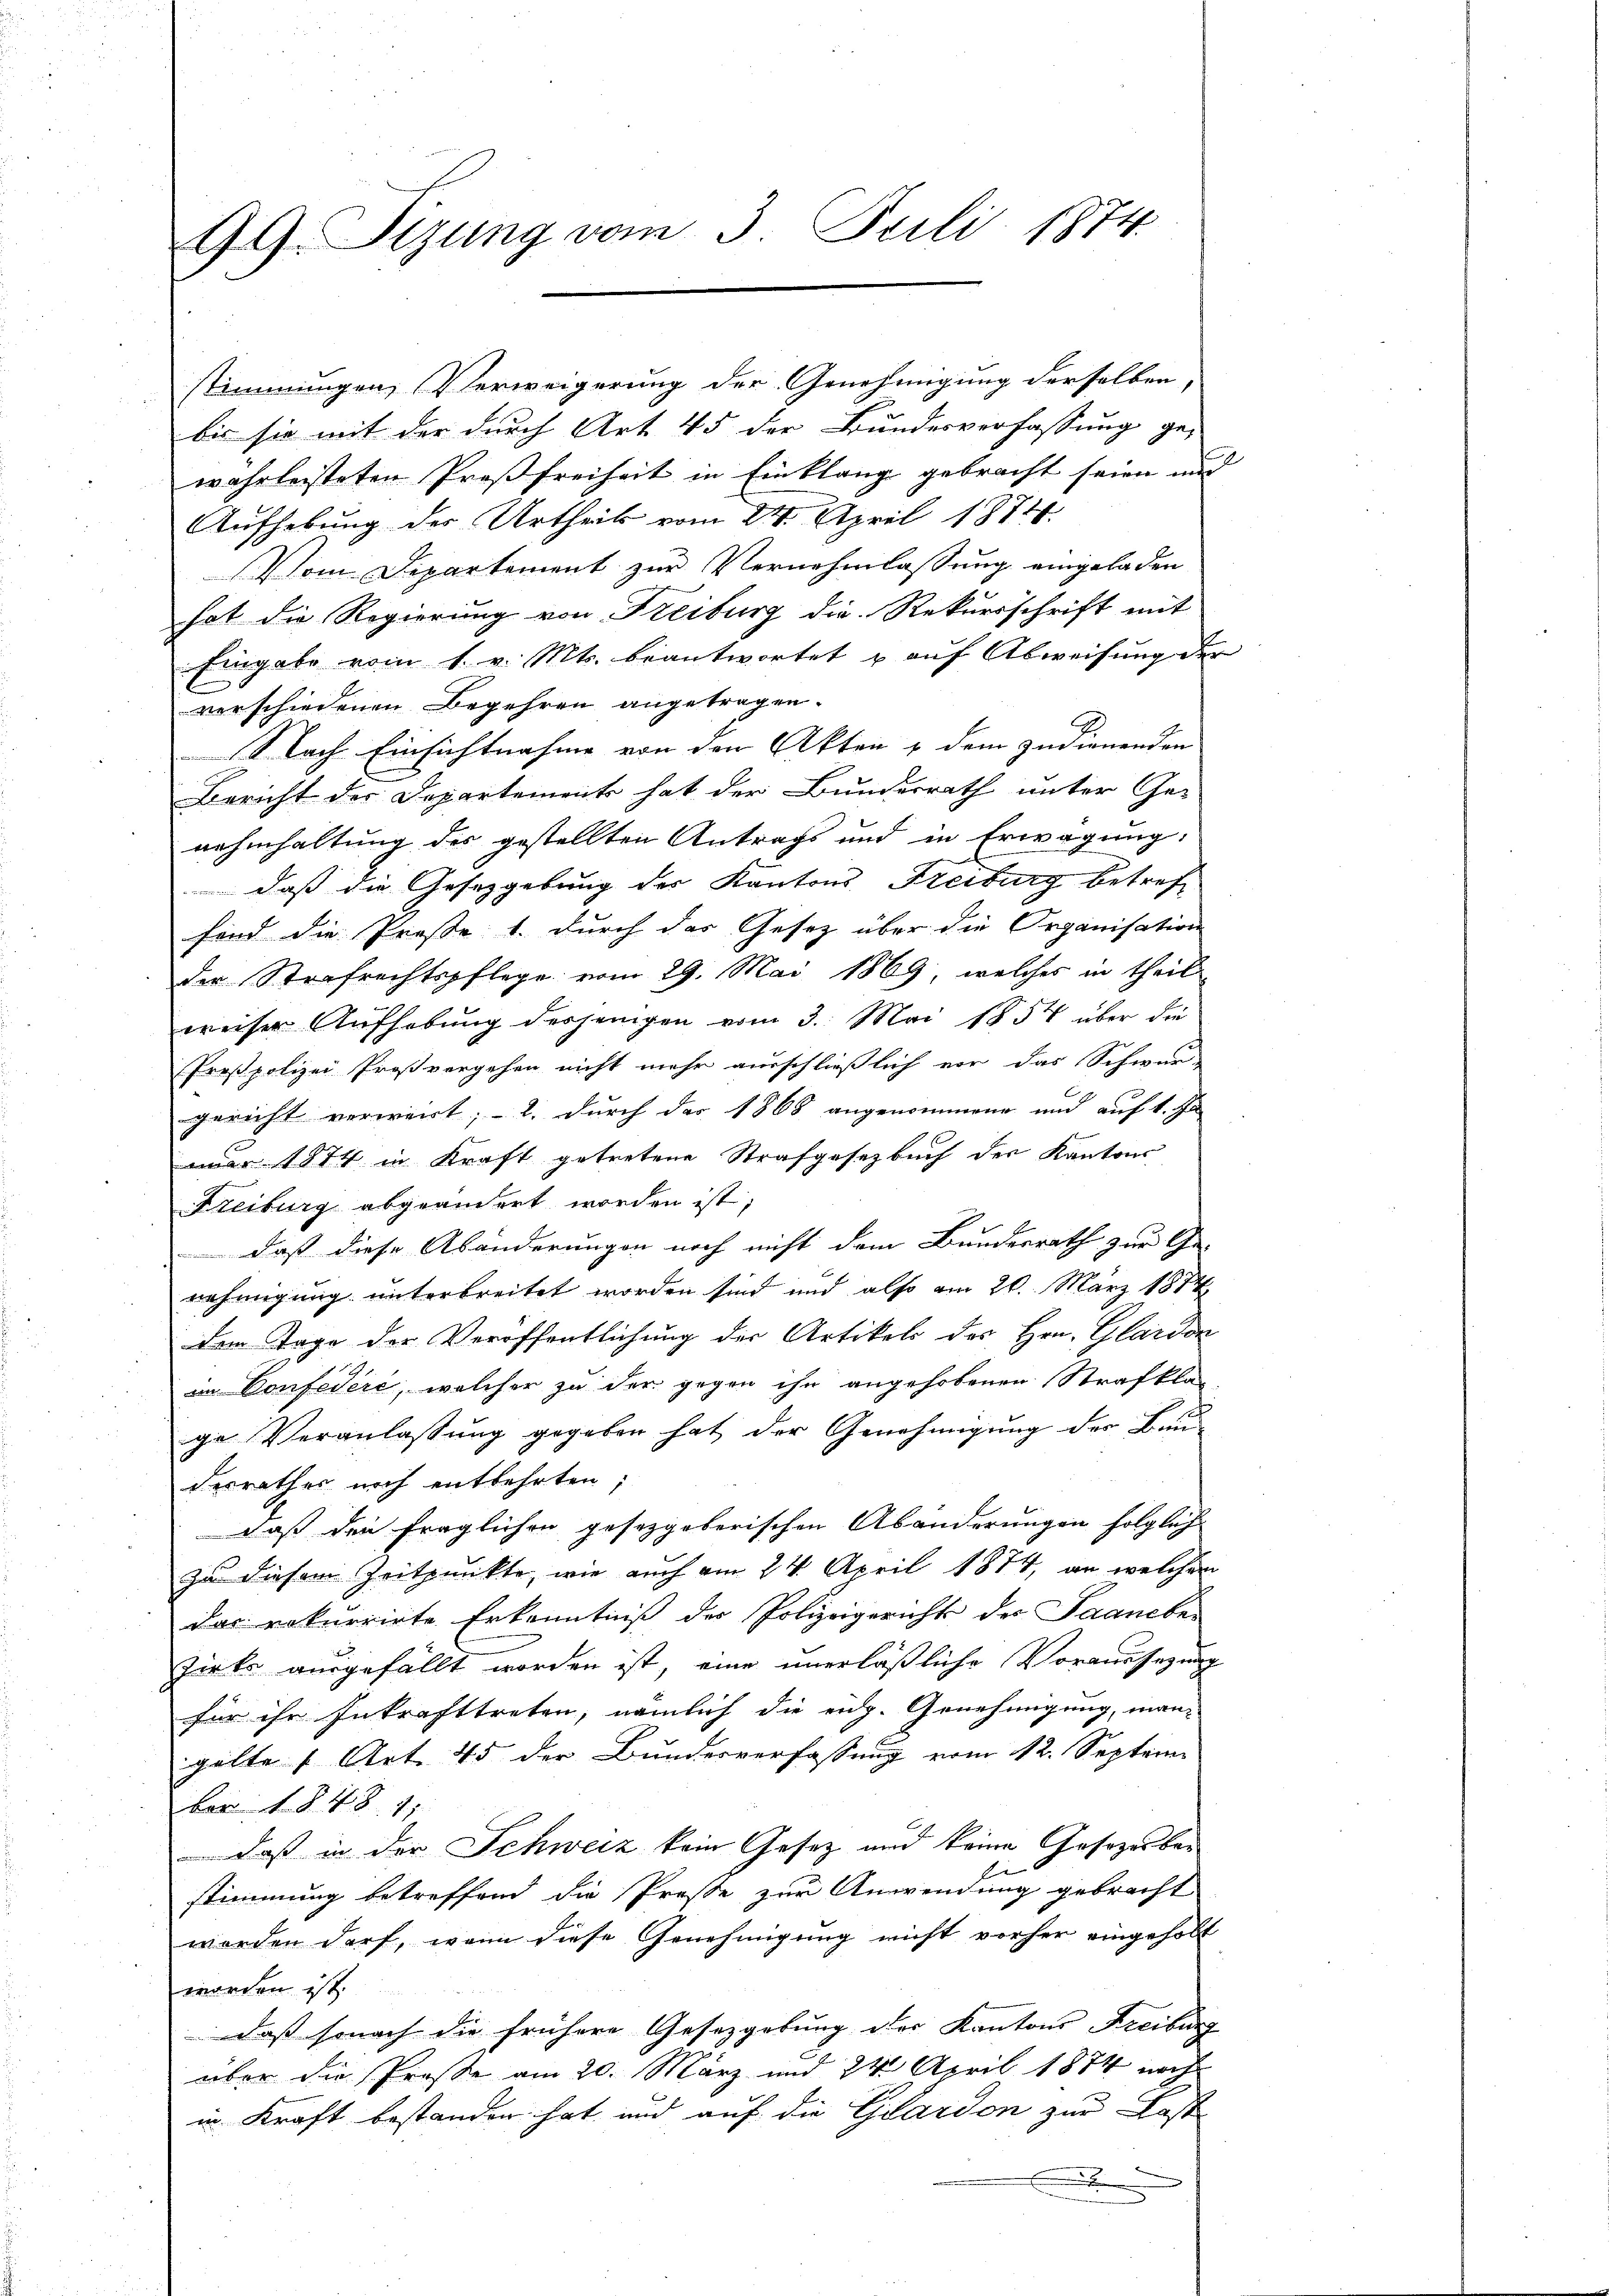
99. Tizung vom 3. Juli 1874.

bis sie mit der durch Art. 45 der Bundesverfassung ge-
wahrleisteten Proßfreiheit in Einklang gebracht seien und
Aufhebung des Urtheils vom 24. April 1874.
Vom Departement zur Vernehmlassung eingeladen
hat die Regierung von Freiburg die Rekursschrift mit
Eingabe vom 1. v. Mts. beantwortet u auf Abweisung de
verschiedenen Begehren angetragen.
Nach Einsichtnahme von den Akten & dem zudienenden
Bericht der Departement hat der Bundesrath unter Ge-
nahmhaltung des gestellten Antrags und in Erwägung:
daß die Gesetzgebung der Kantons Freiburg betreffind die Prose: 1. durch das Gesetz über die Organisation
der Strafrechtspflege vom 29. Mai 1869, welches in theil
weiser Aŭfhebŭng derjenigen vom 3. Mai 1854 über die
Proßpolizei Proßvergehen nicht mehr ausschließlich vor das Schwur-
gericht verweirt; - 2. durch des 1868 angenommene und auf 1. Ja
uar 1874 in Kraft getretene Strafgesetzbuch des Kantons
Freiburg abgeändert worden ist;
 daß diese Abänderungen noch nicht dem Bundesrath zur Ge-
nehmigung unterbreitet worden sind und also am 20. März 1874
dem Tage der Veröffentlichung der Artikels des Hrn. Glardon
im Confedere, welcher zu der gegen ihn angehobenen Strafkla-
ge Veranlassung gegeben hat der Genehmigung des Bunderrathes noch entbehrten;
daß den fraglichen gesetzgeberischen Abänderungen folglich
zu diesem Zeitpunkte, wie auch am 24. April 1874, an welchen
das rekurrirte Erkenntniß des Polizeigerichts der Saaneber
Zirke ausgefällt worden ist, eine unerläßliche Voraussezung
für ihr Inkrafttreten, nämlich die eidg. Genehmigung, man-
gelte 1 Art. 45 der Bundesverfassung vom 12. Septem
ber 1 S. 48. 11
 daß in der Schweiz kein Gesetz und keine Gesezerbar
1.
stimmung betreffend die Presse zur Anwendung gebracht
werden darf, wenn diese Genehmigung nicht vorher eingeholt
worden ist.
daß sonach die frühere Gesetzgebung der Kantons Freibung
über die Prose am 20. März und 24. April 1874 nach
in Kraft bestanden hat, und auf die Glardon zur Last
.

stimmungen, (Verweigerung der Genehmigung derselben,

2